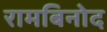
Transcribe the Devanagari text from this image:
रामबिनोद